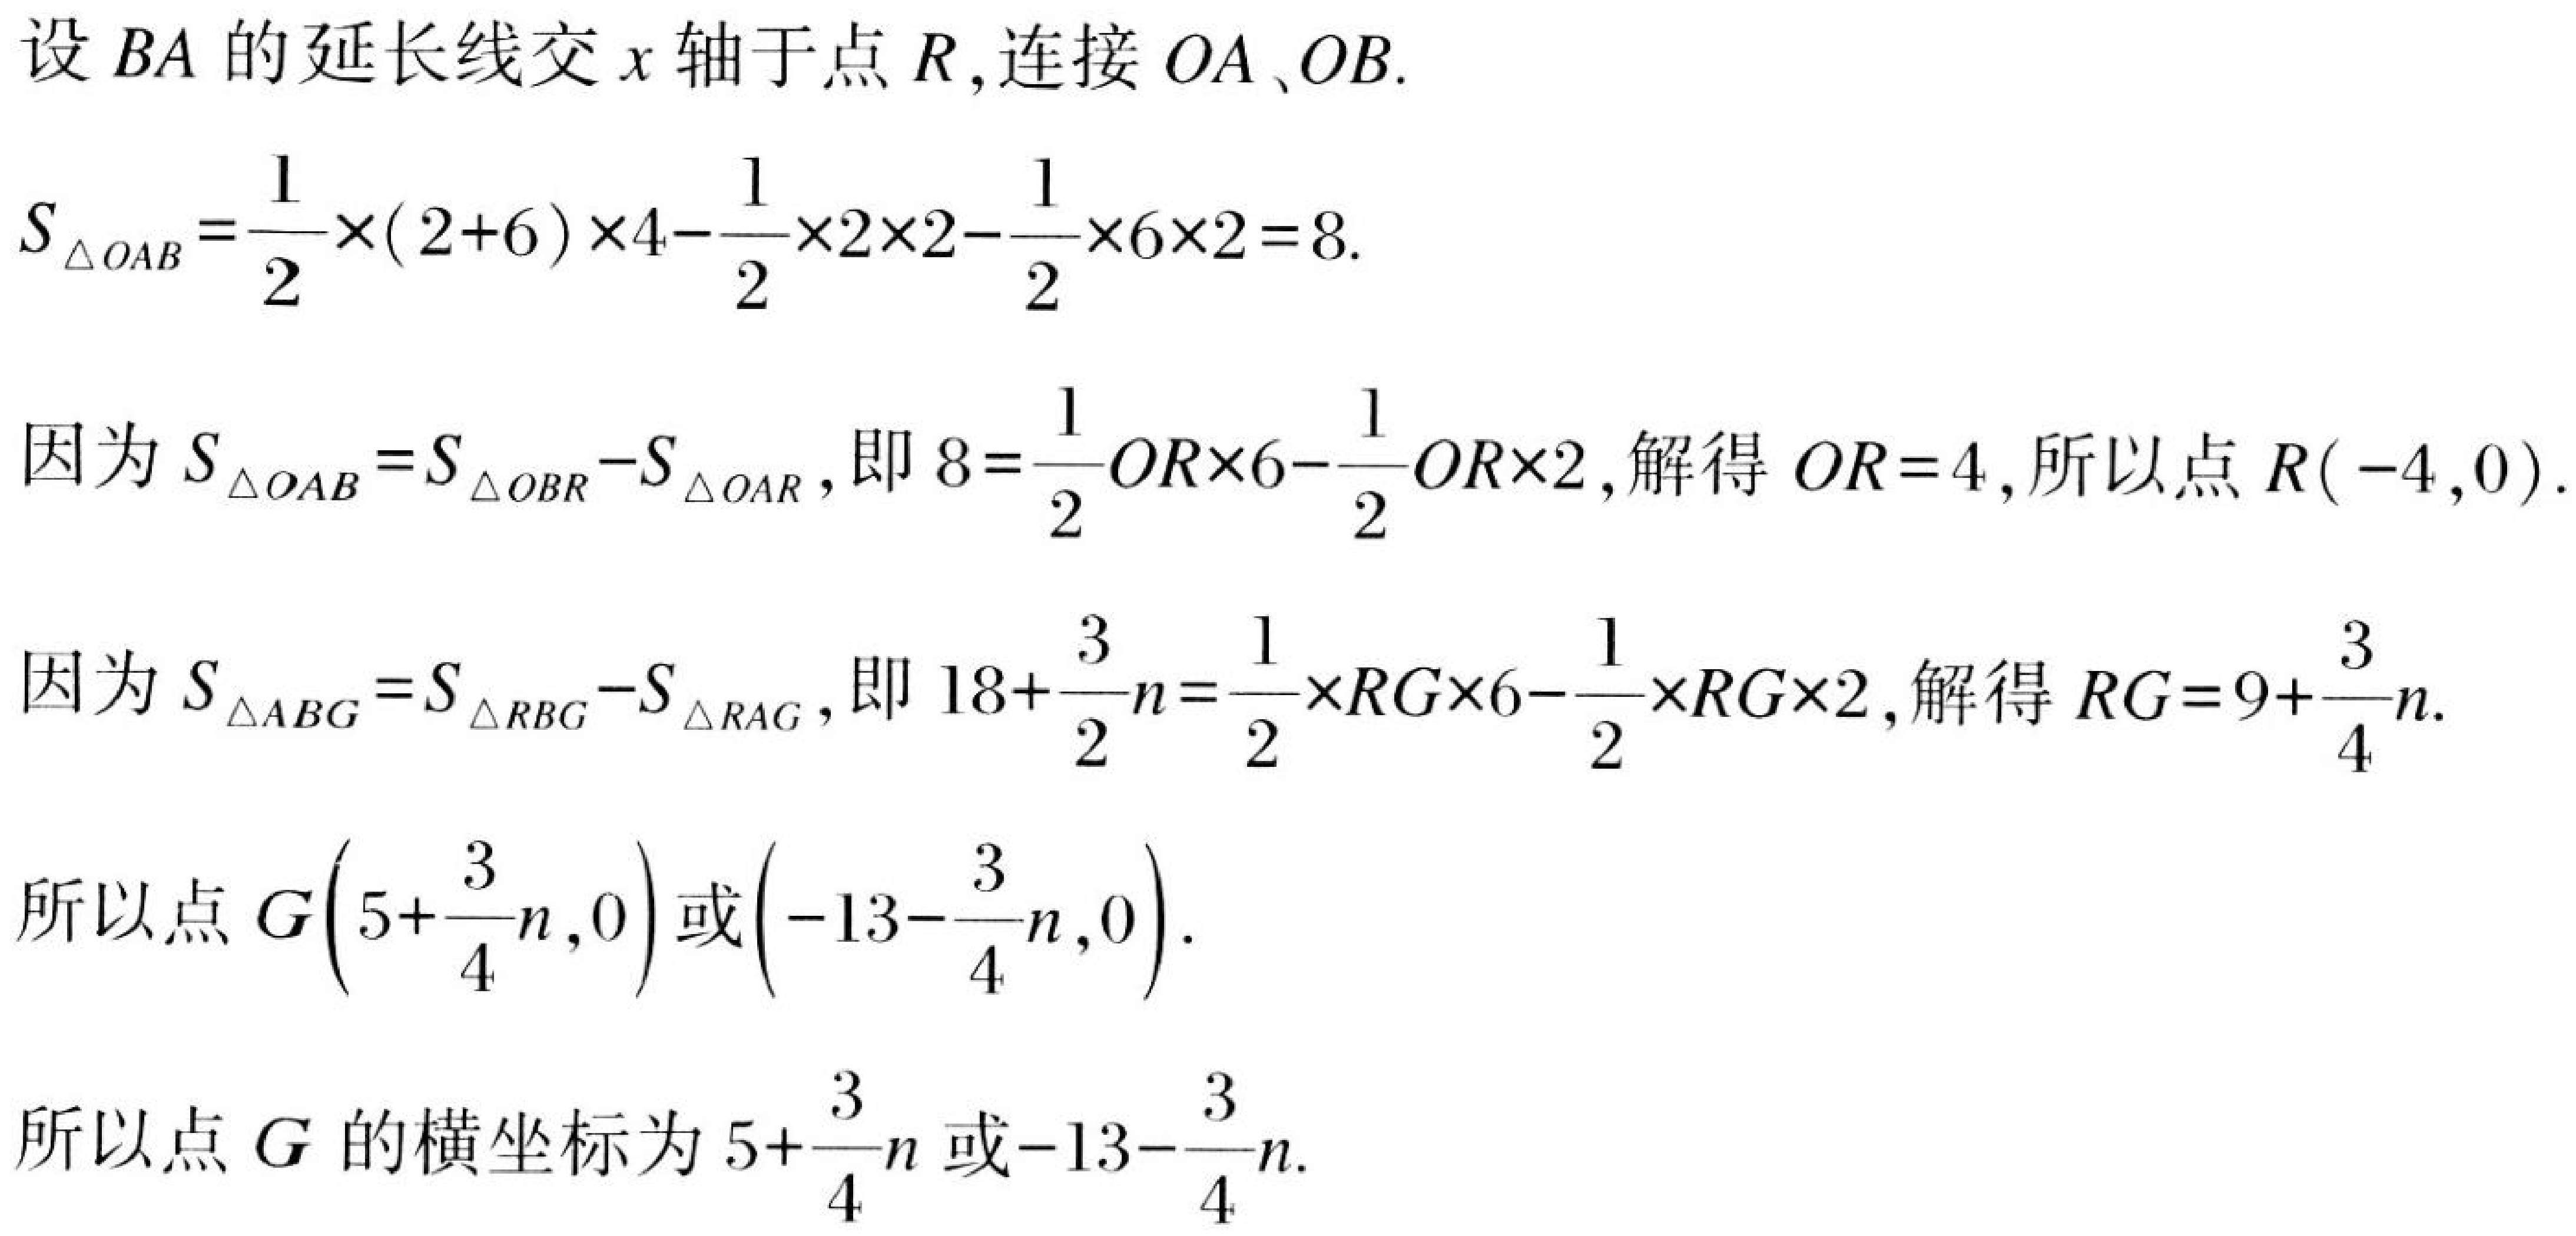
设 \(BA\) 的延长线交 \(x\) 轴于点 \(R\),连接 \(OA、OB\).
\(S_{\triangle OAB}=\frac{1}{2}\times(2 + 6)\times4-\frac{1}{2}\times2\times2-\frac{1}{2}\times6\times2 = 8\).
因为 \(S_{\triangle OAB}=S_{\triangle OBR}-S_{\triangle OAR}\),即 \(8=\frac{1}{2}OR\times6-\frac{1}{2}OR\times2\),解得 \(OR = 4\),所以点 \(R(-4,0)\).
因为 \(S_{\triangle ABG}=S_{\triangle RBG}-S_{\triangle RAG}\),即 \(18+\frac{3}{2}n=\frac{1}{2}\times RG\times6-\frac{1}{2}\times RG\times2\),解得 \(RG=9+\frac{3}{4}n\).
所以点 \(G\left(5+\frac{3}{4}n,0\right)\)或\(\left(-13-\frac{3}{4}n,0\right)\).
所以点 \(G\) 的横坐标为 \(5+\frac{3}{4}n\)或\(-13-\frac{3}{4}n\).